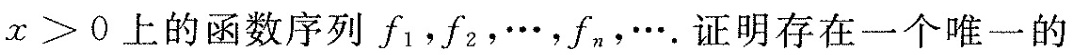
x>0上的函数序列f_{1}，f_{2}，\cdots，f_{n}，\cdots .证明存在一个唯一的